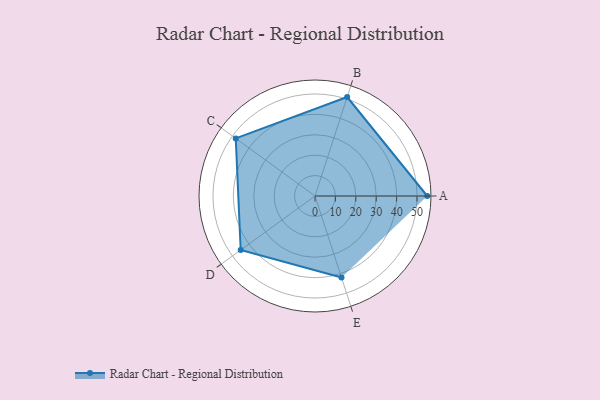
{"axis": {"x": "Skill", "y": "Score"}, "legend": ["Profile"], "data": [{"x": "A", "y": 55.0, "type": "Profile"}, {"x": "B", "y": 51.0, "type": "Profile"}, {"x": "C", "y": 48.0, "type": "Profile"}, {"x": "D", "y": 45.0, "type": "Profile"}, {"x": "E", "y": 42.0, "type": "Profile"}]}